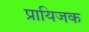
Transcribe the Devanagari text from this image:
प्रायिजक